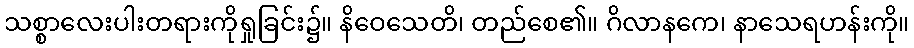
သစ္စာလေးပါးတရားကိုရှုခြင်း၌။ နိဝေသေတိ၊ တည်စေ၏။ ဂိလာနကေ၊ နာသေရဟန်းကို။